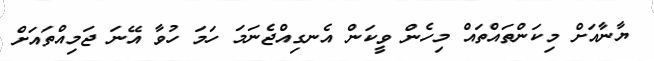
ޔާނާއަށް މިކަންތައްތައް މިހެން ވީކަން އެނގިއްޖެނަމަ ހަމަ ހުވާ އޭނަ ޖަމިއްތައަށް